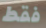
فقط